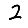
Digit: 2